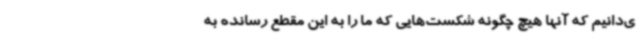
ی‌دانیم که آنها هیچ چگونه شکست‌هایی که ما را به این مقطع رسانده به